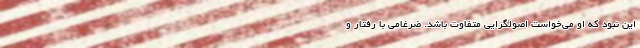
این نبود که او می‌خواست اصولگرایی متفاوت باشد. ضرغامی با رفتار و